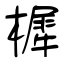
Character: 樨